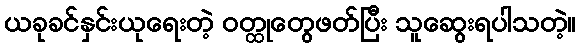
ယခုခင်နှင်းယုရေးတဲ့ ဝတ္ထုတွေဖတ်ပြီး သူဆွေးရပါသတဲ့။